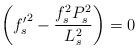
LaTeX: \begin{align*}\biggl({f_s'}^2 - \frac{f_s^2 P_s^2}{L_s^2}\biggr) =0\end{align*}